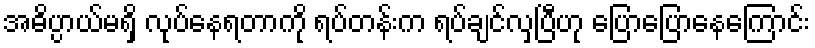
အဓိပ္ပာယ်မရှိ လုပ်နေရတာကို ရပ်တန်းက ရပ်ချင်လှပြီဟု ပြောပြောနေကြောင်း